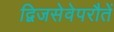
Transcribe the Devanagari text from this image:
द्विजसेवेपरौतें